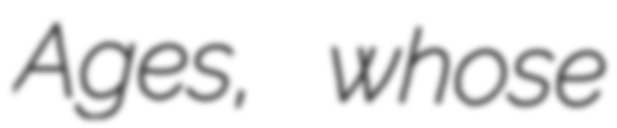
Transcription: Ages, whose